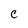
Character: C